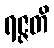
ရဇ္ဇတိ